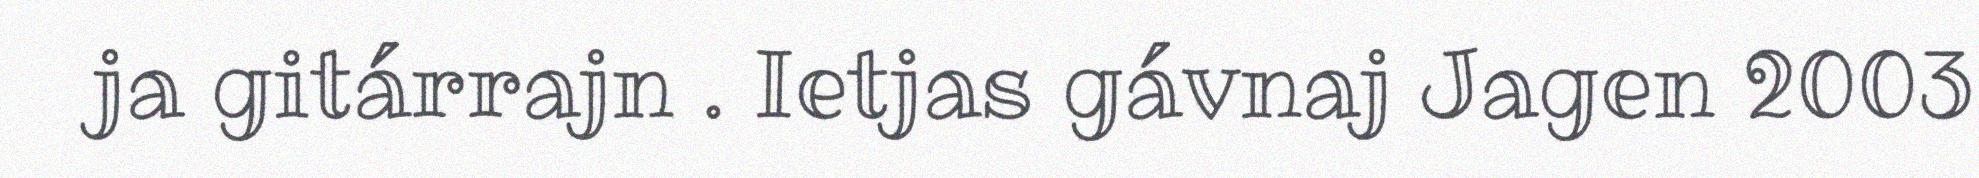
ja gitárrajn . Ietjas gávnaj Jagen 2003